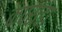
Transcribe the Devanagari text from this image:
कपराडा